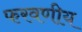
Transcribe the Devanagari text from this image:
फरवणीय